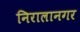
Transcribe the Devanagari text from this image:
निरालानगर